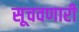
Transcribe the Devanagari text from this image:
सूचवणारी